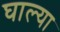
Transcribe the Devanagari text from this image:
घाल्या